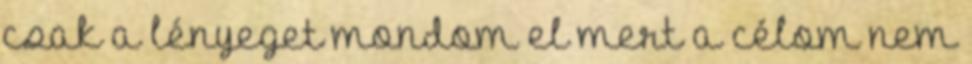
csak a lényeget mondom el mert a célom nem